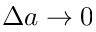
\Delta a \to 0